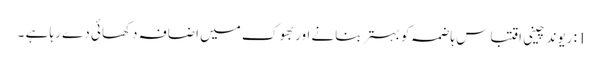
1: ریوند چینی اقتباس ہاضمہ کو بہتر بنانے اور بھوک میں اضافہ دکھائی دے رہا ہے ۔